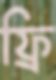
ফ্রি